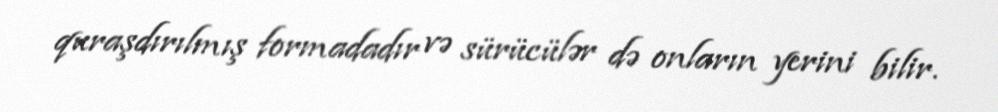
quraşdırılmış formadadır və sürücülər də onların yerini bilir.